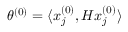
\theta ^ { ( 0 ) } = \langle x _ { j } ^ { ( 0 ) } , H x _ { j } ^ { ( 0 ) } \rangle